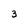
Character: 3